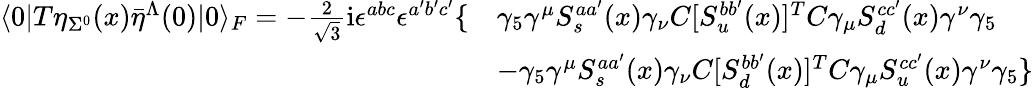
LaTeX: \begin{array}{ll}{{\langle 0|T\eta_{\Sigma^{0}}(x){\bar{\eta}}^{\Lambda}(0)|0\rangle_{F}=-{\frac{2}{\sqrt{3}}}\mathrm{i}\epsilon^{abc}\epsilon^{a^{\prime}b^{\prime}c^{\prime}}\{ }}&{{\gamma_{5}\gamma^{\mu}S_{s}^{aa^{\prime}}(x)\gamma_{\nu}C[S_{u}^{bb^{\prime}}(x)]^{T}C\gamma_{\mu}S_{d}^{cc^{\prime}}(x)\gamma^{\nu}\gamma_{5}}}\\ {{}}&{{-\gamma_{5}\gamma^{\mu}S_{s}^{aa^{\prime}}(x)\gamma_{\nu}C[S_{d}^{bb^{\prime}}(x)]^{T}C\gamma_{\mu}S_{u}^{cc^{\prime}}(x)\gamma^{\nu}\gamma_{5}\} }}\end{array}